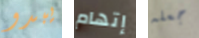
يبدو إتهام جعله